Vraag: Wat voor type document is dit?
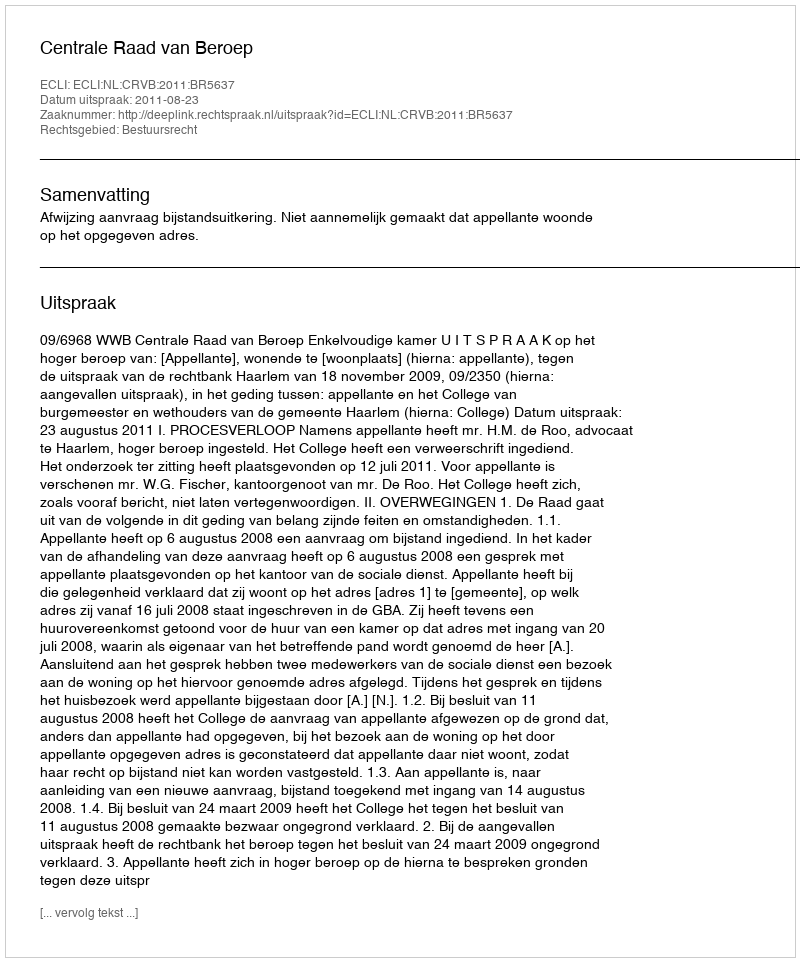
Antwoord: Uitspraak